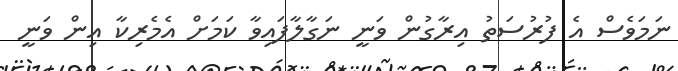
ނަމަވެސް އެ ފުރުސަތު އިރާގުން ވަނީ ނަގާލާފައިވާ ކަމަށް އެމެރިކާ އިން ވަނީ